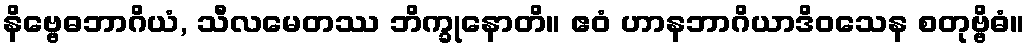
နိဗ္ဗေဓဘာဂိယံ, သီလမေတဿ ဘိက္ခုနောတိ။ ဧဝံ ဟာနဘာဂိယာဒိဝသေန စတုဗ္ဗိဓံ။